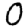
Digit: 0